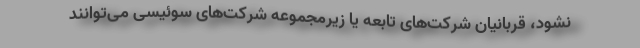
نشود، قربانیان شرکت‌های تابعه یا زیرمجموعه شرکت‌های سوئیسی می‌توانند